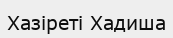
Хазіреті Хадиша